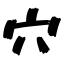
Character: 穴